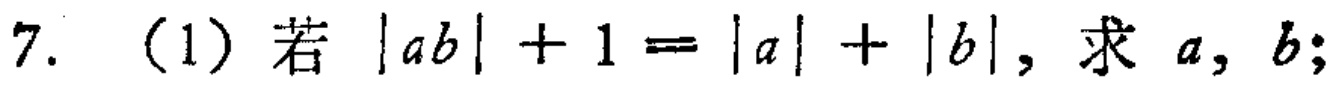
7. (1) 若 \(|ab| + 1 = |a| + |b|\)，求 \(a\)，\(b\)；